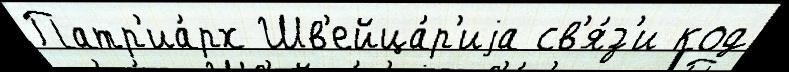
Патр'иа́рх Шв'ейца́р'иjа св'я́з'и код